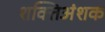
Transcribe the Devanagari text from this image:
शक्तिअंशक